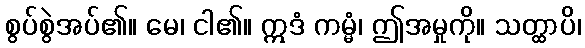
စွပ်စွဲအပ်၏။ မေ၊ ငါ၏။ ဣဒံ ကမ္မံ၊ ဤအမှုကို။ သတ္ထာပိ၊